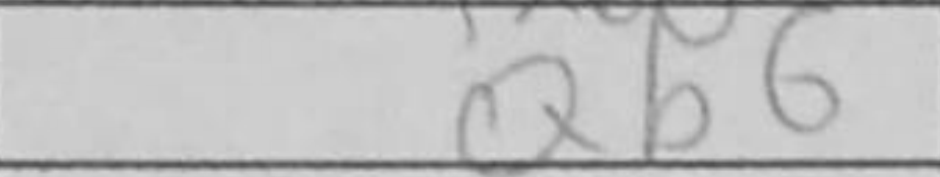
Transcription: Qb6